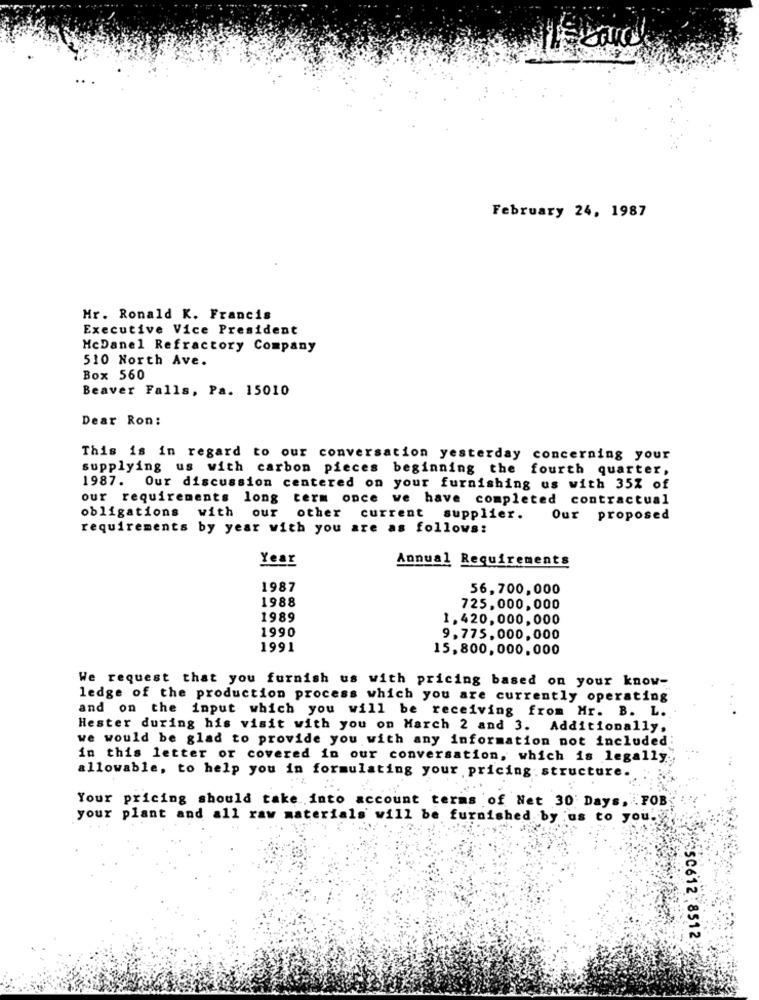
February 24, 1987
Mr. Ronald K. Francis
Executive Vice President
McDanel Refractory Company
510 North Ave.
Box 560
Beaver Falls, Pa. 15010
Dear Ron:
This is in regard to our conversation yesterday concerning your
supplying us with carbon pieces beginning the fourth quarter,
1987. Our discussion centered on your furnishing us with 35% of
our requirements long term once we have completed contractual
obligations with our
other current supplier.
Our proposed
requirements by year with you are as follows:
Year
Annual Requirements
1987
56,700,000
1988
725,000,000
1989
1,420,000,000
1990
9,775, 000, 000
1991
15,800,000,000
We request that you furnish us with pricing based on your know-
ledge of the production process which you are currently operating
and on the input which you will be receiving from Mr. B. L.
Hester during his visit with you on March 2 and 3. Additionally,
we would be glad to provide you with any information not included:
in this letter or covered in our conversation, which is legally
allowable, to help you in formulating your pricing structure.
Your pricing should take into account terms of Net 30 Days, FOB
your plant and all raw materials will be furnished by us to you.y
8555550612 .8512.